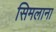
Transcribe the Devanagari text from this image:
सिमलाना